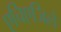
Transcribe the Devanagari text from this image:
एचिएजिले